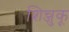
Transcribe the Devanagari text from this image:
शिन्जुकू